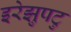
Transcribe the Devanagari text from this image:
इरेझुपटु